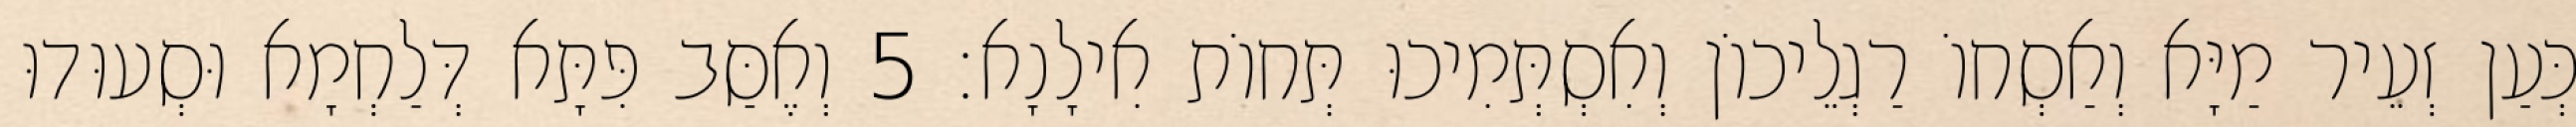
כְּעַן זְעֵיר מַיָּא וְאַסְחוֹ רַגְלֵיכוֹן וְאִסְתְּמִיכוּ תְּחוֹת אִילָנָא׃ 5 וְאֶסַּב פִּתָּא דְּלַחְמָא וּסְעוּדוּ